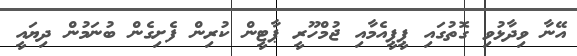
އޭނާ ވިދާޅުވި ގޮތުގައި ޕީޕީއެމާއި ޖުމްހޫރީ ޕާޓީން ކުރިން ފެށިގެން ބުނަމުން ދިޔައީ